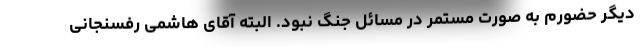
دیگر حضورم به صورت مستمر در مسائل جنگ نبود. البته آقای هاشمی رفسنجانی